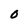
Character: 0